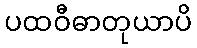
ပထဝီဓာတုယာပိ